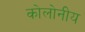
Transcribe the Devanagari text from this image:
कोलोनीय